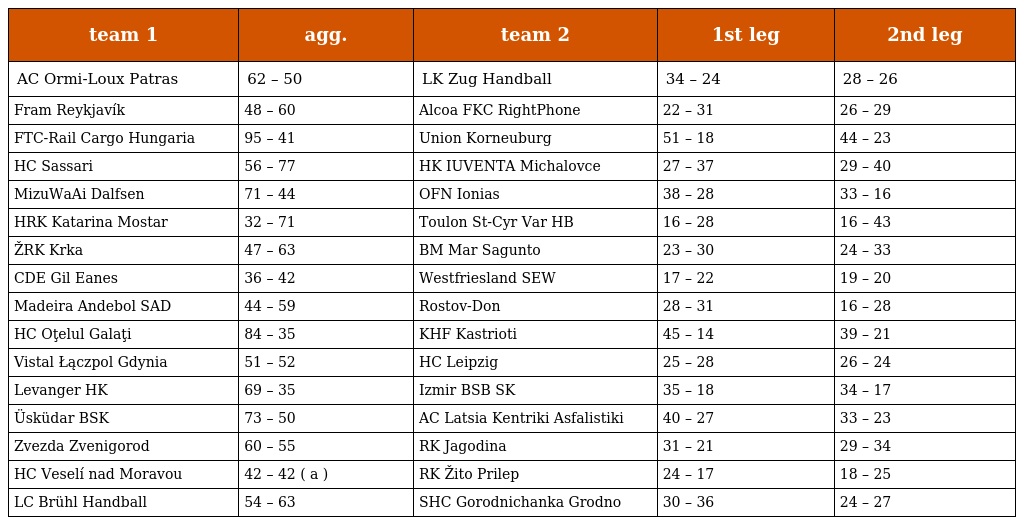
| team 1 | agg. | team 2 | 1st leg | 2nd leg |
 | --- | --- | --- | --- | --- |
 | AC Ormi-Loux Patras | 62 – 50 | LK Zug Handball | 34 – 24 | 28 – 26 |
 | Fram Reykjavík | 48 – 60 | Alcoa FKC RightPhone | 22 – 31 | 26 – 29 |
 | FTC-Rail Cargo Hungaria | 95 – 41 | Union Korneuburg | 51 – 18 | 44 – 23 |
 | HC Sassari | 56 – 77 | HK IUVENTA Michalovce | 27 – 37 | 29 – 40 |
 | MizuWaAi Dalfsen | 71 – 44 | OFN Ionias | 38 – 28 | 33 – 16 |
 | HRK Katarina Mostar | 32 – 71 | Toulon St-Cyr Var HB | 16 – 28 | 16 – 43 |
 | ŽRK Krka | 47 – 63 | BM Mar Sagunto | 23 – 30 | 24 – 33 |
 | CDE Gil Eanes | 36 – 42 | Westfriesland SEW | 17 – 22 | 19 – 20 |
 | Madeira Andebol SAD | 44 – 59 | Rostov-Don | 28 – 31 | 16 – 28 |
 | HC Oţelul Galaţi | 84 – 35 | KHF Kastrioti | 45 – 14 | 39 – 21 |
 | Vistal Łączpol Gdynia | 51 – 52 | HC Leipzig | 25 – 28 | 26 – 24 |
 | Levanger HK | 69 – 35 | Izmir BSB SK | 35 – 18 | 34 – 17 |
 | Üsküdar BSK | 73 – 50 | AC Latsia Kentriki Asfalistiki | 40 – 27 | 33 – 23 |
 | Zvezda Zvenigorod | 60 – 55 | RK Jagodina | 31 – 21 | 29 – 34 |
 | HC Veselí nad Moravou | 42 – 42 ( a ) | RK Žito Prilep | 24 – 17 | 18 – 25 |
 | LC Brühl Handball | 54 – 63 | SHC Gorodnichanka Grodno | 30 – 36 | 24 – 27 |